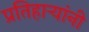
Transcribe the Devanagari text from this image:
प्रतिहार्‍यांनी